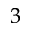
^ { 3 }